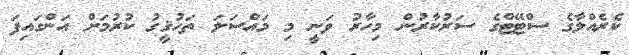
ކެރެއްލާގެ ސްޓޭޓްގެ ސަރުކާރުން މިހާރު ވަނީ މި މައްސަލަ ތަހުޤީގު ކުރުމަށް އަންގައިފަ